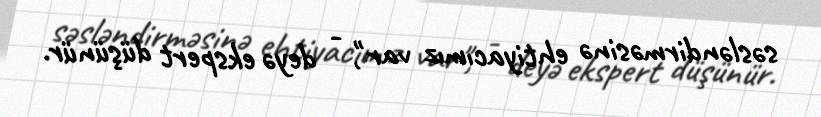
səsləndirməsinə ehtiyacımız var", - deyə ekspert düşünür.